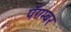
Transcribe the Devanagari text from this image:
पॅग़म्बर